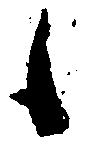
候